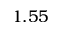
1 . 5 5